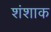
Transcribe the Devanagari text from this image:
शंशाक